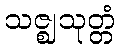
သဇ္ဈသုတ္တံ